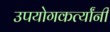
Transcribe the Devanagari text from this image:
उपयोगकर्त्यांनी